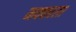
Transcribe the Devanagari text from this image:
मक्काला